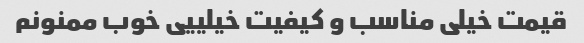
قیمت خیلی مناسب و کیفیت خیلییی خوب ممنونم